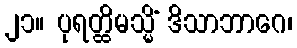
၂၁။ ပုရတ္ထိမသ္မိံ ဒိသာဘာဂေ၊